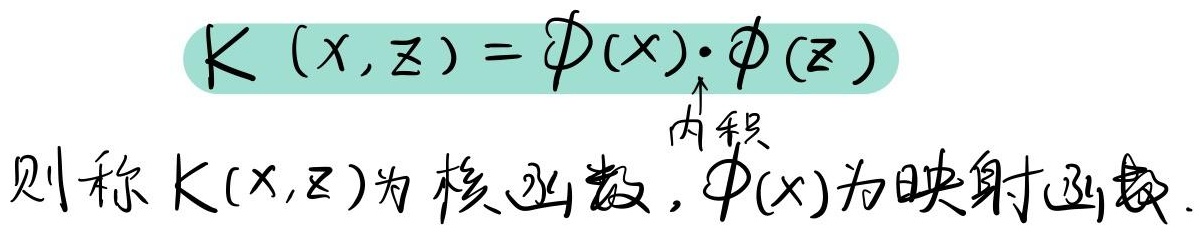
\[K(x,z)=\phi(x)\cdot\phi(z)\]
\(\uparrow\)内积，则称 \(K(x,z)\)为核函数，\(\phi(x)\)为映射函数。